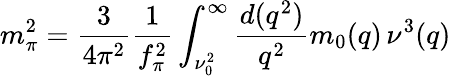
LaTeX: m_{\pi}^{2}=\frac{3}{4\pi^{2}}\frac{1}{f_{\pi}^{2}}\int_{\nu_{0}^{2}}^{\infty}\frac{d(q^{2})}{q^{2}}m_{0}(q)\, \nu^{3}(q)